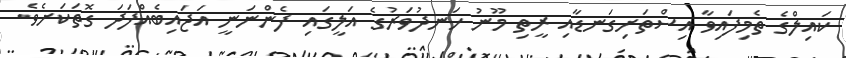
ކައިލްގެ ތެމިފައިވާ އިސްތަށިގަނޑާއި ރީތި މޫނު ހަނދުވަރުގެ އަލީގައި ފެންނަނީ އަޖައިބެއްފަދަ ގޮތަކަށެވެ.